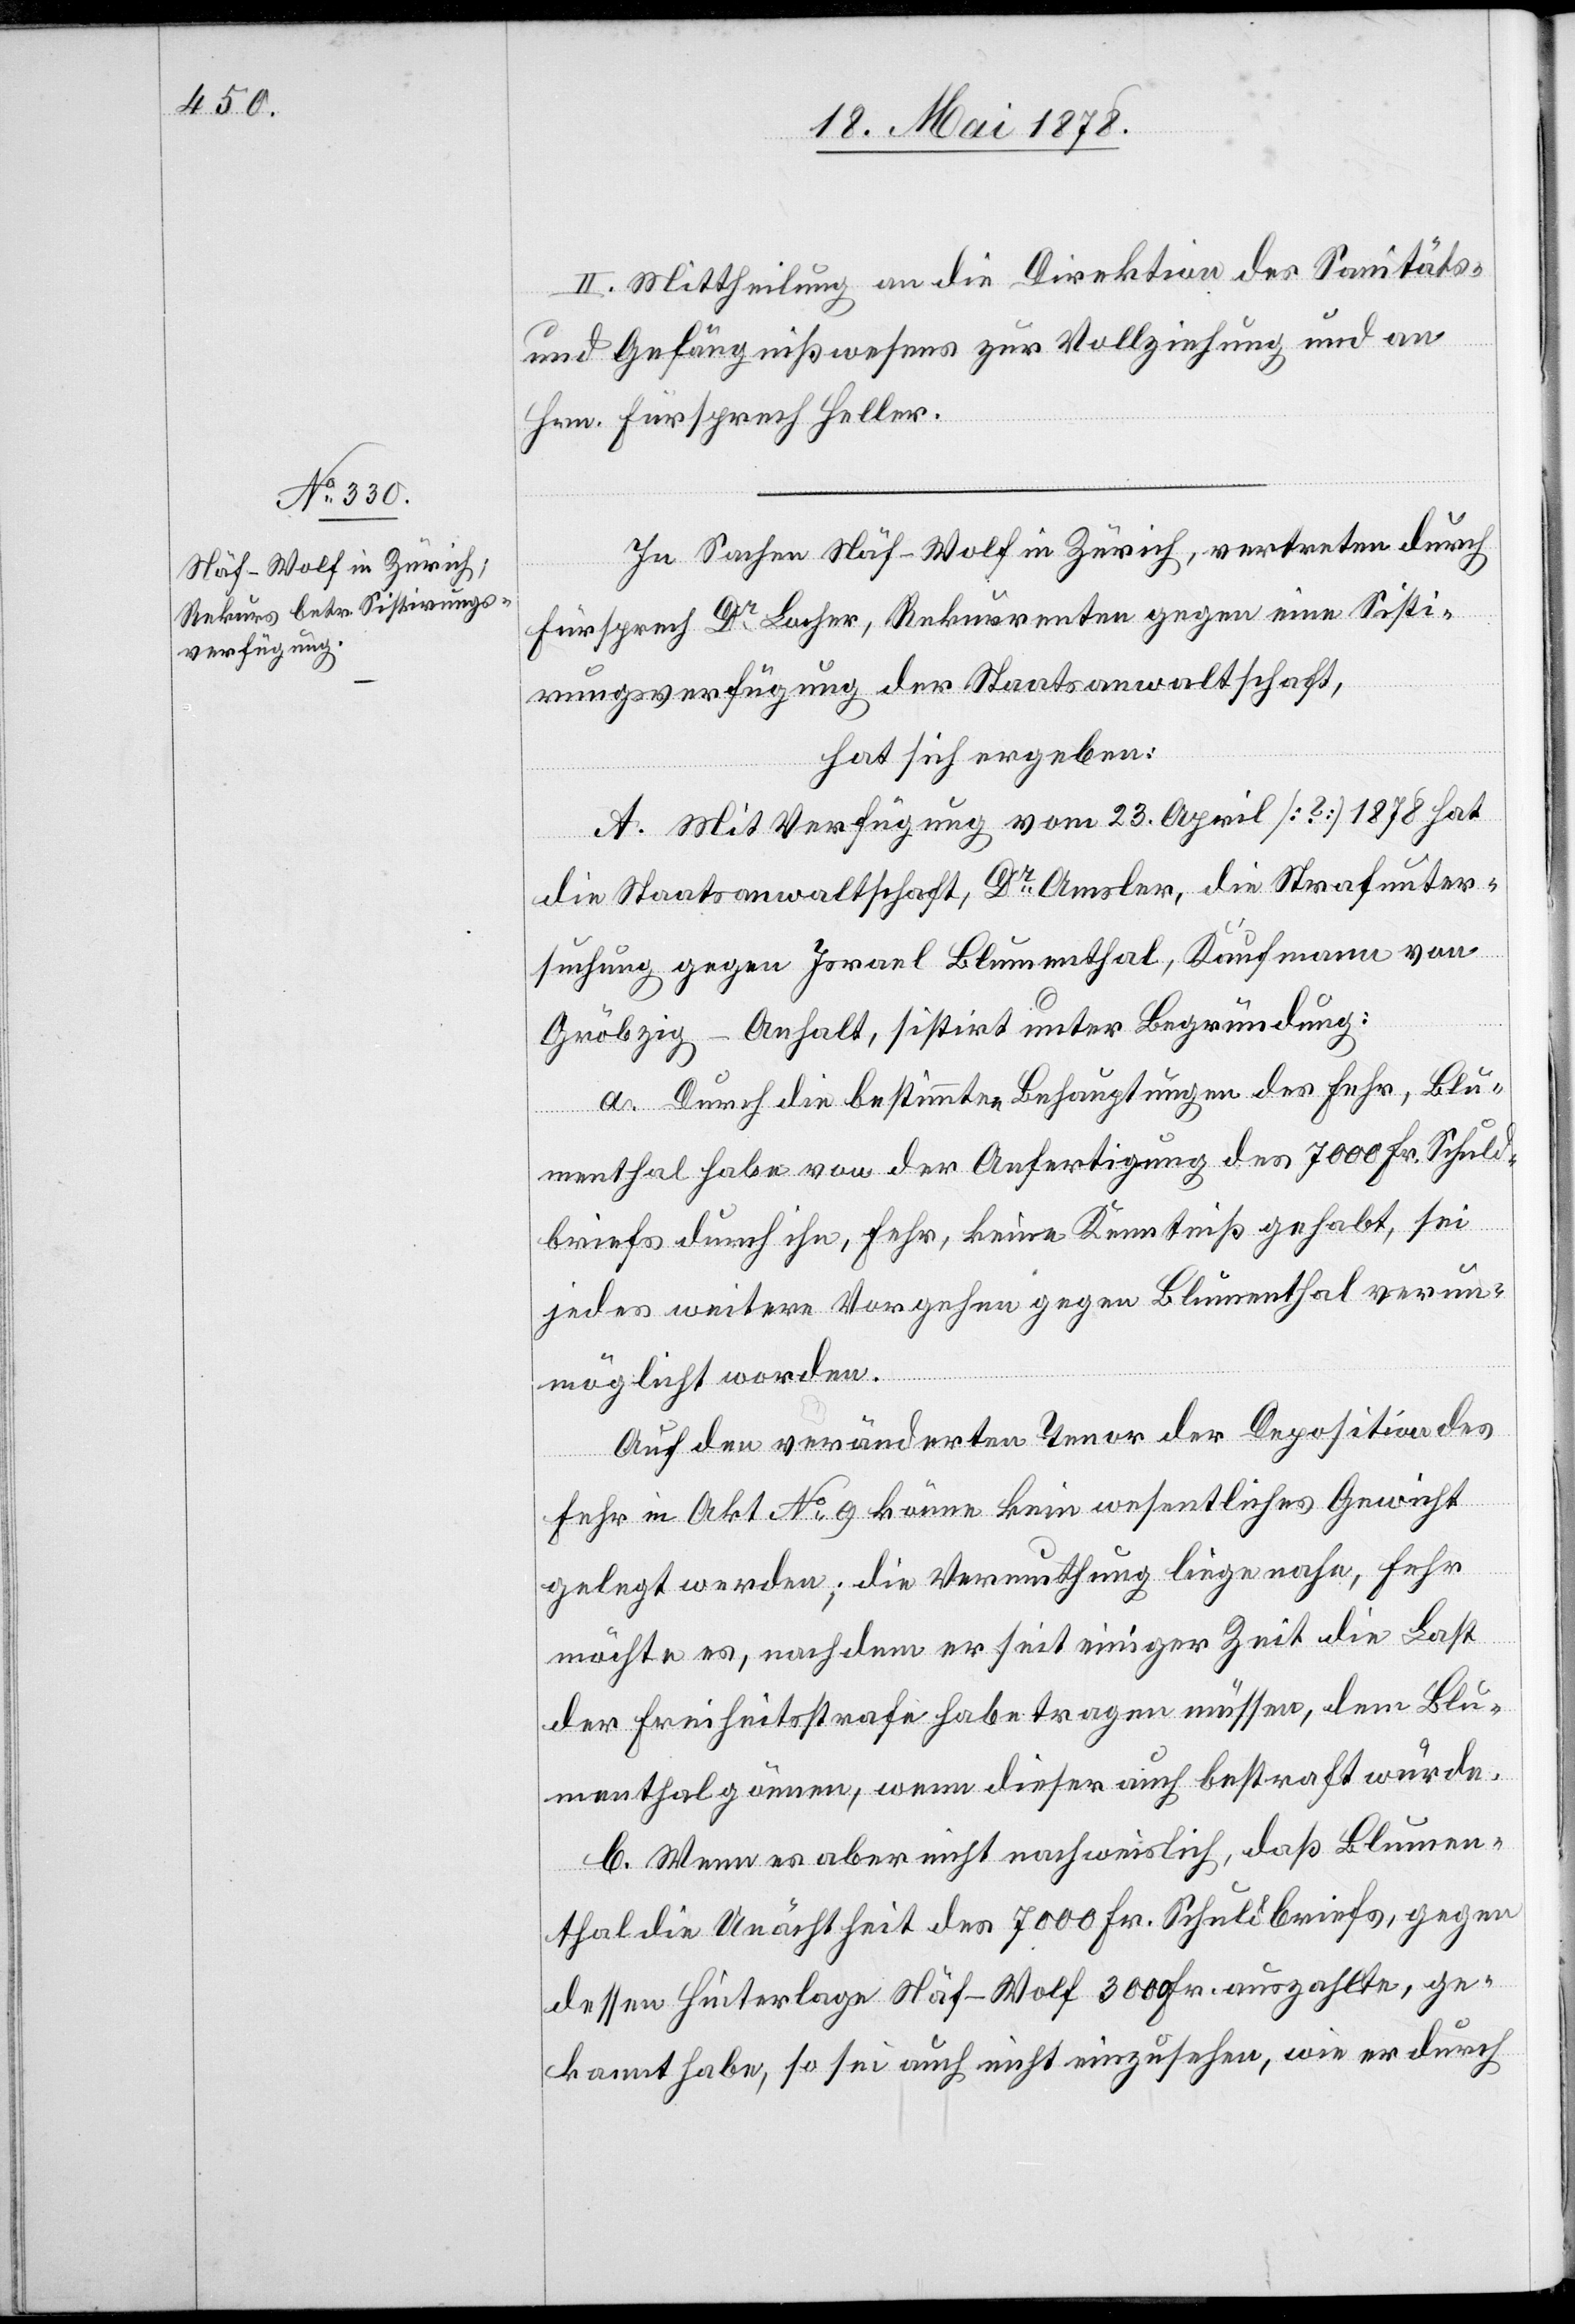
In Sachen Näf-Wolf in Zürich, vertreten durch
Fürsprech Dr Locher, Rekurrenten gegen eine Sisti¬
rungsverfügung der Staatsanwaltschaft,
hat sich ergeben:
A. Mit Verfügung vom 23. April [?] 1878 hat
die Staatsanwaltschaft, Dr Amsler, die Strafunter¬
suchung gegen Israel Blumenthal, Kaufmann von
Gröbzig - Anhalt, sistirt unter Begründung:
a. Durch die bestimmten Behauptungen des Fehr, Blu¬
menthal habe von der Anfertigung des 7000 Fr. Schuld¬
briefes durch ihn, Fehr, keine Kenntniß gehabt, sei
jedes weitere Vorgehen gegen Blumenthal verun¬
möglicht worden.
Auf den veränderten Tenor der Deposition des
Fehr in Akt No 9 könne kein wesentliches Gewicht
gelegt werden; die Vermuthung liege nahe, Fehr
möchte es, nachdem er seit einiger Zeit die Last
der Freiheitsstrafe habe tragen müssen, dem Blu¬
menthal gönnen, wenn dieser auch bestraft würde.
B. Wenn es aber nicht nachweislich, daß Blumen¬
thal Unächtheit des 7000 Fr. Schuldbriefes, gegen
dessen Hinterlage Näf Wolf 3000 Fr. auszahlte, ge¬
kannt habe, so sei auch nicht einzusehen, wie er durch